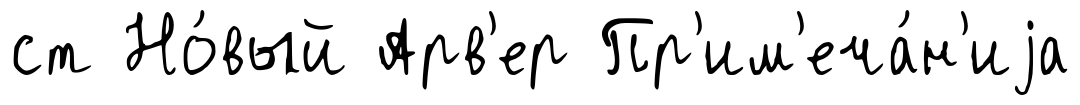
ст Но́вый Арв'ер Пр'им'еча́н'иjа